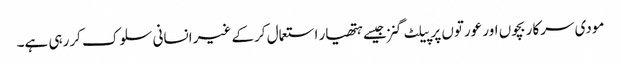
مودی سرکار بچوں اور عورتوں پر پیلٹ گنز جیسے ہتھیار استعمال کرکے غیر انسانی سلوک کررہی ہے۔